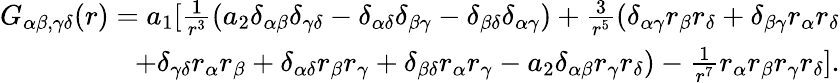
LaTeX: \begin{array}{r}{G_{\alpha\beta,\gamma\delta}(r)=a_{1}[\frac{1}{r^{3}}(a_{2}\delta_{\alpha\beta}\delta_{\gamma\delta}-\delta_{\alpha\delta}\delta_{\beta\gamma}-\delta_{\beta\delta}\delta_{\alpha\gamma})+\frac{3}{r^{5}}(\delta_{\alpha\gamma}r_{\beta}r_{\delta}+\delta_{\beta\gamma}r_{\alpha}r_{\delta}}\\ {+\delta_{\gamma\delta}r_{\alpha}r_{\beta}+\delta_{\alpha\delta}r_{\beta}r_{\gamma}+\delta_{\beta\delta}r_{\alpha}r_{\gamma}-a_{2}\delta_{\alpha\beta}r_{\gamma}r_{\delta})-\frac{1}{r^{7}}r_{\alpha}r_{\beta}r_{\gamma}r_{\delta}].}\end{array}